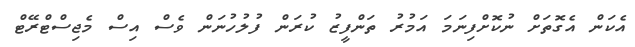
އެކަން އެގޮތަށް ނުކޮށްފިނަމަ އަމުރު ތަންފީޒު ކުރަން ފުލުހުނަން ވެސް އިސް މެޖިސްޓްރޭޓް